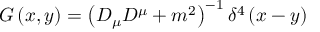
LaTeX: G \left( x , y \right) = \left( D _ { \mu } D ^ { \mu } + m ^ { 2 } \right) ^ { - 1 } \delta ^ { 4 } \left( x - y \right)